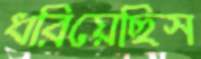
ধরিয়েছিস